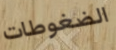
الضغوطات